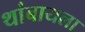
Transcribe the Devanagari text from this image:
थांबायला